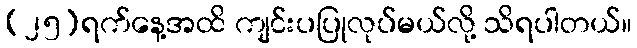
(၂၅)ရက်နေ့အထိ ကျင်းပပြုလုပ်မယ်လို့ သိရပါတယ်။